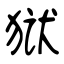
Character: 狱